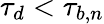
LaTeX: \tau_{d}<\tau_{b,n}